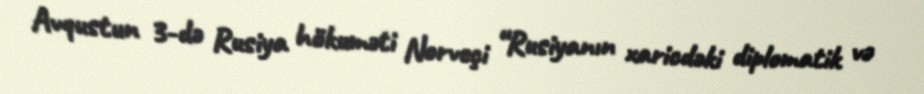
Avqustun 3-də Rusiya hökuməti Norveçi “Rusiyanın xaricdəki diplomatik və